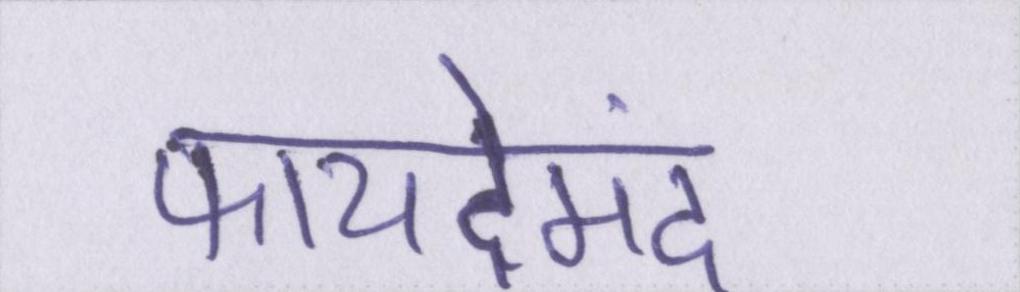
फायदेमंद